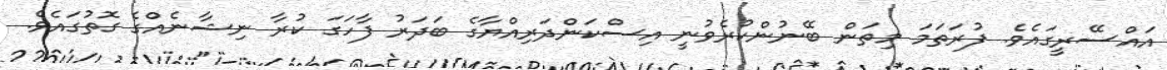
އައްސޭރީގައެވެ. ފުރަތަމަ މިތަން ބޭނުންކުރެވުނީ އިސްކަންދަރިއްޔާގެ ބަދަރު ފާހަގަ ކުރާ ނިޝާނެއްގެ ގޮތުގައެވެ.